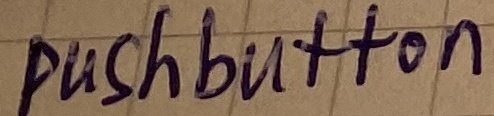
Text: pushbutton